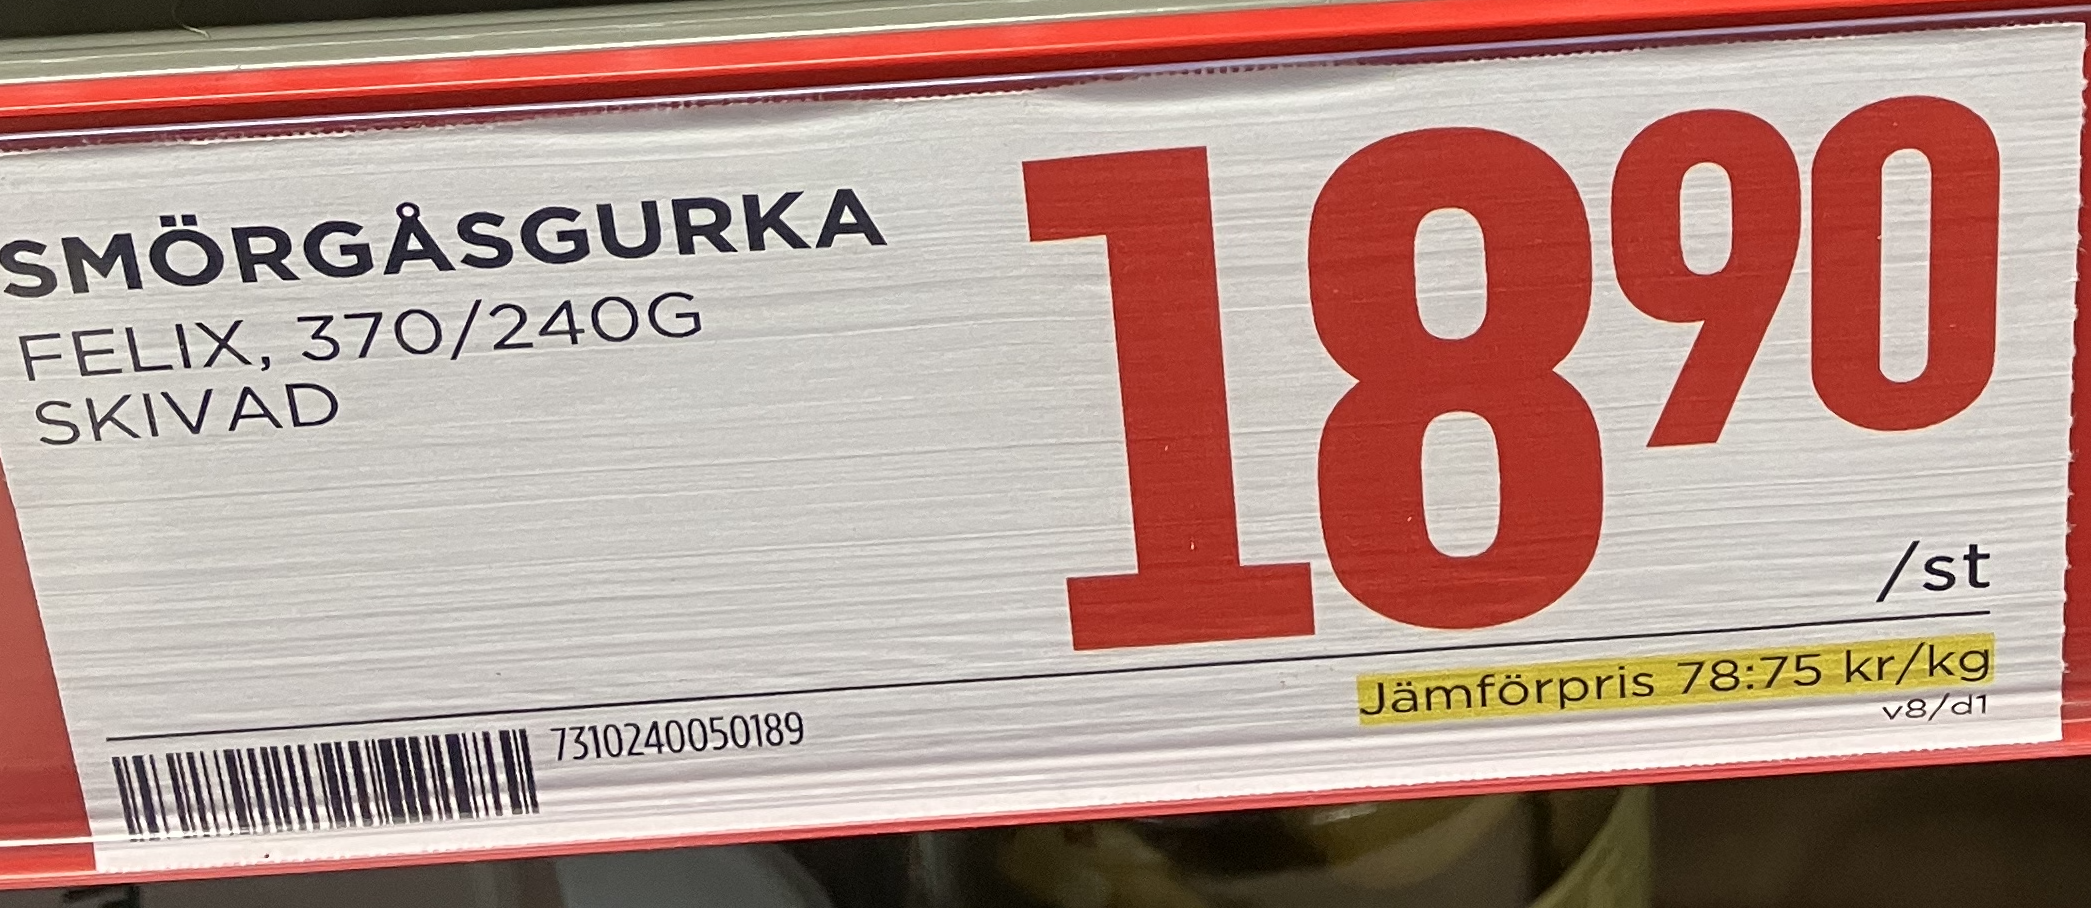
Vara: Smörgåsgurka
Genomsnittspris: 78.75 per kg